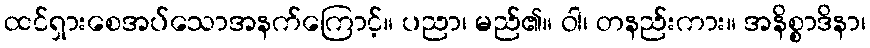
ထင်ရှားစေအပ်သောအနက်ကြောင့်။ ပညာ၊ မည်၏။ ဝါ၊ တနည်းကား။ အနိစ္စာဒိနာ၊